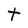
Character: t